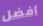
أفضل